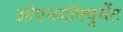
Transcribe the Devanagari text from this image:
ओपनडॉक्युमेंट